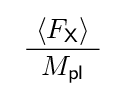
\ {\frac {\ \langle F_{\mathsf {X}}\rangle \ }{\ M_{\mathsf {pl}}\ }}\